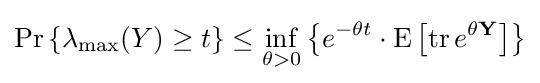
\Pr \left\{\lambda _{\max }(Y)\geq t\right\}\leq \inf _{\theta >0}\left\{e^{-\theta t}\cdot \operatorname {E} \left[\operatorname {tr} e^{\theta \mathbf {Y} }\right]\right\}